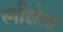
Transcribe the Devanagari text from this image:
स्मीक्षेला